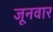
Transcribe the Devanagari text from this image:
जूनवार